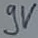
Text: 9V